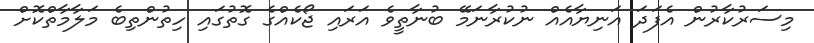
މިސަރުކާރުން އެފަދަ އަނިޔާއެއް ނުކުރާނަމޭ ބުނާތީވެ އަރައި ޖޯކެއްގެ ގޮތުގައި ހިތުންތިބެ މަލާމާތްކޮށް